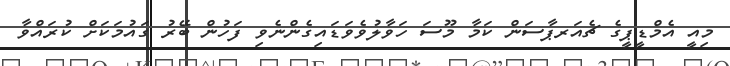
މިއީ އެމްޑީޕީގެ ޗެއަރޕާސަން ކަމާ މޫސަ ހަވާލުވެވަޑައިގެންނެވި ފަހުން ބޭރު ގައުމަކަށް ކުރައްވާ